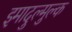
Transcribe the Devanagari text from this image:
इमादुल्मुल्क